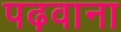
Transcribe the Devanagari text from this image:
पढ़वाना